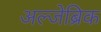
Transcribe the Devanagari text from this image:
अल्जेब्रिक